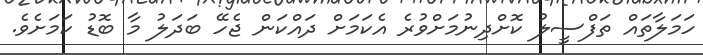
ހަމަލާތައް ތަފްސީލު ކޮށްދިނުމަށްވުރެ އެކަމަށް ދައްކަން ޖެހޭ ބަދަލު މާ ބޮޑު ކަމަށެވެ.